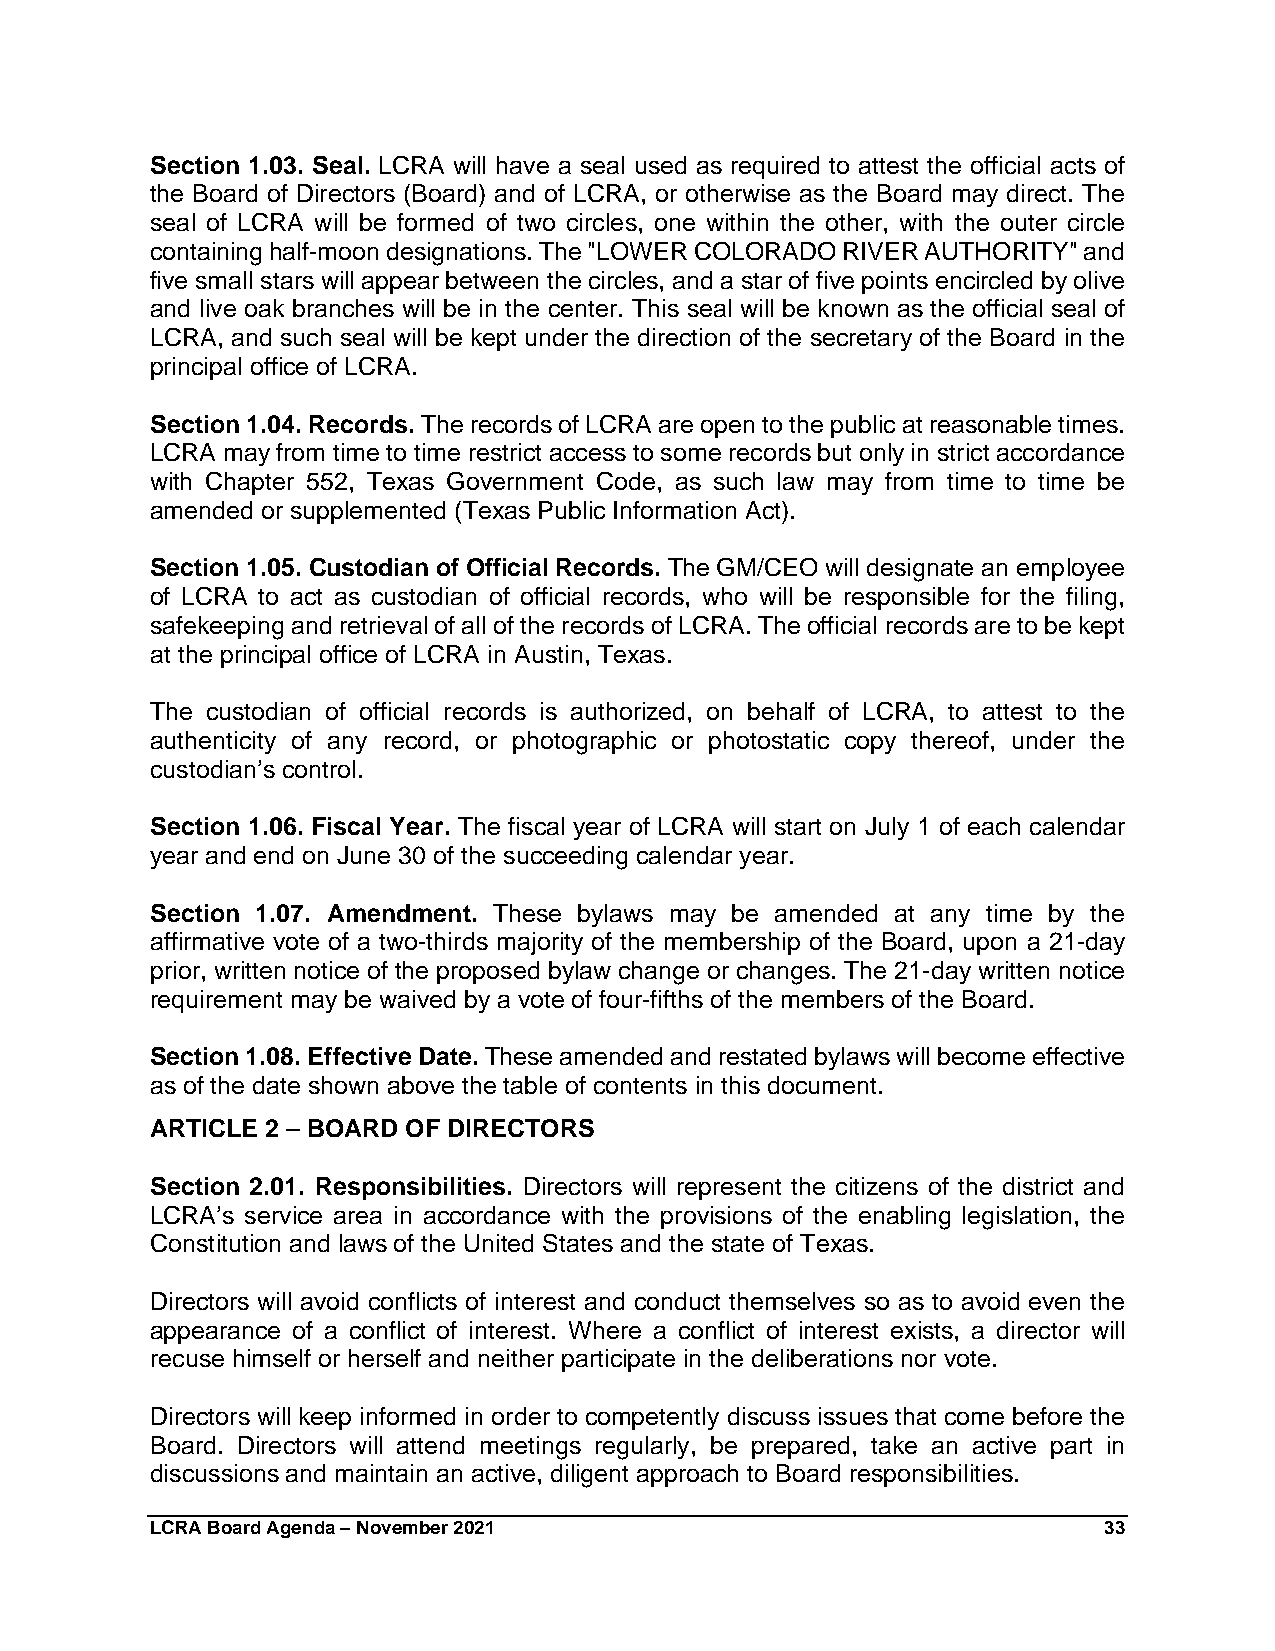
Section 1.03. Seal. LCRA will have a seal used as required to attest the official acts of
 the Board of Directors (Board) and of LCRA, or otherwise as the Board may direct. The
 seal of LCRA will be formed of two circles, one within the other, with the outer circle
 containing half-moon designations. The "LOWER COLORADO RIVER AUTHORITY" and
 five small stars will appear between the circles, and a star of five points encircled by olive
 and live oak branches will be in the center. This seal will be known as the official seal of
 LCRA, and such seal will be kept under the direction of the secretary of the Board in the
 principal office of LCRA.
 Section 1.04. Records. The records of LCRA are open to the public at reasonable times.
 LCRA may from time to time restrict access to some records but only in strict accordance
 with Chapter 552, Texas Government Code, as such law may from time to time be
 amended or supplemented (Texas Public Information Act).
 Section 1.05. Custodian of Official Records. The GM/CEO will designate an employee
 of LCRA to act as custodian of official records, who will be responsible for the filing,
 safekeeping and retrieval of all of the records of LCRA. The official records are to be kept
 at the principal office of LCRA in Austin, Texas.
 The custodian of official records is authorized, on behalf of LCRA, to attest to the
 authenticity of any record, or photographic or photostatic copy thereof, under the
 custodian’s control.
 Section 1.06. Fiscal Year. The fiscal year of LCRA will start on July 1 of each calendar
 year and end on June 30 of the succeeding calendar year.
 Section 1.07. Amendment. These bylaws may be amended at any time by the
 affirmative vote of a two-thirds majority of the membership of the Board, upon a 21-day
 prior, written notice of the proposed bylaw change or changes. The 21-day written notice
 requirement may be waived by a vote of four-fifths of the members of the Board.
 Section 1.08. Effective Date. These amended and restated bylaws will become effective
 as of the date shown above the table of contents in this document.
 ARTICLE 2 – BOARD OF DIRECTORS
 Section 2.01. Responsibilities. Directors will represent the citizens of the district and
 LCRA’s service area in accordance with the provisions of the enabling legislation, the
 Constitution and laws of the United States and the state of Texas.
 Directors will avoid conflicts of interest and conduct themselves so as to avoid even the
 appearance of a conflict of interest. Where a conflict of interest exists, a director will
 recuse himself or herself and neither participate in the deliberations nor vote.
 Directors will keep informed in order to competently discuss issues that come before the
 Board. Directors will attend meetings regularly, be prepared, take an active part in
 discussions and maintain an active, diligent approach to Board responsibilities.
 LCRA Board Agenda – November 2021                              33